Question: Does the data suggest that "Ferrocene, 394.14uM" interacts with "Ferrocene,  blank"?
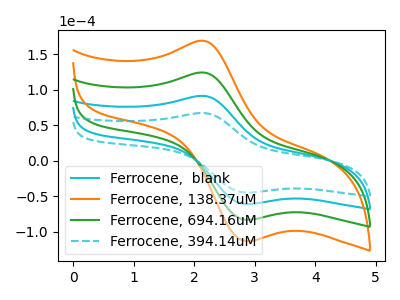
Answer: <think>The cyan curve "Ferrocene,  blank" has an anodic peak at (2.10V, 91.25uA) and a cathodic peak at (2.85V, -61.30uA). The orange curve "Ferrocene, 138.37uM" has an anodic peak at (2.10V, 273.80uA) and a cathodic peak at (2.85V, -183.95uA). The green curve "Ferrocene, 694.16uM" has an anodic peak at (2.10V, 182.55uA) and a cathodic peak at (2.85V, -122.65uA). The cyan dashed curve "Ferrocene, 394.14uM" has an anodic peak at (2.10V, 67.05uA) and a cathodic peak at (2.85V, -45.05uA).
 All the peaks in "Ferrocene, 394.14uM" have a peak in "Ferrocene,  blank" at the same potential. Every peak in "Ferrocene, 394.14uM" is lower than every peak in "Ferrocene,  blank".</think>
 <answer>No, "Ferrocene, 394.14uM" and "Ferrocene,  blank" don't appear to be significantly different in shape</answer>
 <eval>no_change</eval>